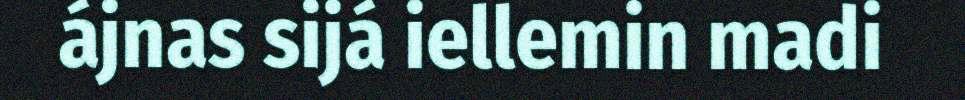
ájnas sijá iellemin madi